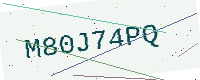
Text: M80J74PQ